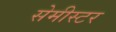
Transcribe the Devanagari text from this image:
सेमीस्टर